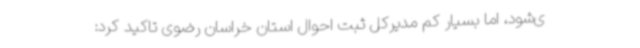
ی‌شود، اما بسیار کم مدیرکل ثبت احوال استان خراسان رضوی تاکید کرد: